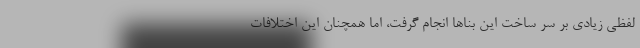
لفظی زیادی بر سر ساخت این بناها انجام گرفت، اما همچنان این اختلافات